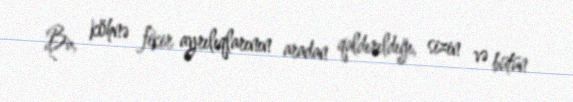
Bu, köhnə fikir ayrılıqlarının aradan qaldırıldığı, sizin və bütün